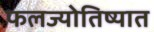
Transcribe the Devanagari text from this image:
फलज्योतिष्यात